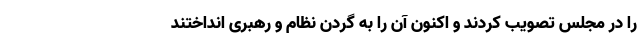
را در مجلس تصویب کردند و اکنون آن را به گردن نظام و رهبری انداختند